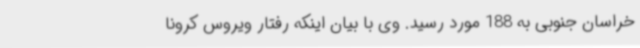
خراسان جنوبی به 188 مورد رسید. وی با بیان اینکه رفتار ویروس کرونا